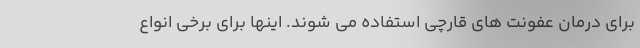
برای درمان عفونت های قارچی استفاده می شوند. اینها برای برخی انواع